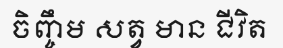
ចិញ្ចឹម សត្វ មាន ជីវិត